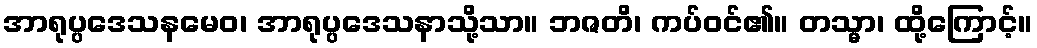
အာရုပ္ပဒေသနမေဝ၊ အာရုပ္ပဒေသနာသို့သာ။ ဘဇတိ၊ ကပ်ဝင်၏။ တသ္မာ၊ ထို့ကြောင့်။